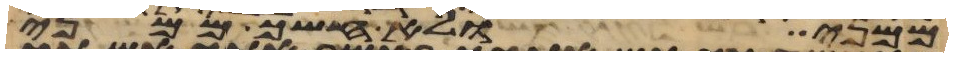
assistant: ממני ולא חשך ממני